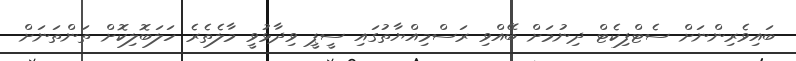
ބައިވެރިންނަށް ސެޓްފިކެޓް ދިނުމަށް ބޭއްވި ރަސްމިއްޔާތުގައި ސީޕީ ވިދާޅުވީ މާލެތެރެ ހަލަބޮލިކޮށް ތަންތަނަށް